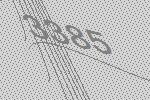
3385